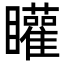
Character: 矔